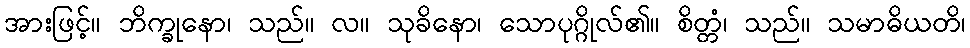
အားဖြင့်။ ဘိက္ခုနော၊ သည်။ လ။ သုခိနော၊ သောပုဂ္ဂိုလ်၏။ စိတ္တံ၊ သည်။ သမာဓိယတိ၊